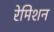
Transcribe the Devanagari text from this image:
रेमिशन